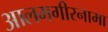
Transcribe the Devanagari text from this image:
आलमगीरनामा